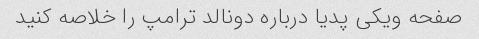
صفحه ویکی پدیا درباره دونالد ترامپ را خلاصه کنید